Indian journal of veterinary science and animal husbandry - Volume 5,
Year: 1935
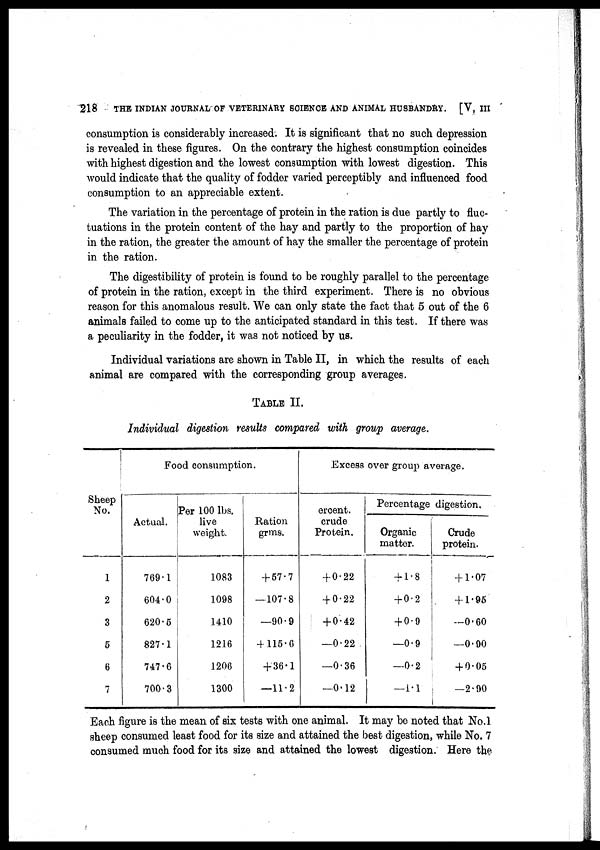
218
THE INDIAN JOURNAL OF VETERINARY SCIENCE AND ANIMAL HUSBANDRY. [V, III
consumption is considerably increased. It is significant that no such depression
is revealed in these figures. On the contrary the highest consumption coincides
with highest digestion and the lowest consumption with lowest digestion. This
would indicate that the quality of fodder varied perceptibly and influenced food
consumption to an appreciable extent.
The variation in the percentage of protein in the ration is due partly to fluc-
tuations in the protein content of the hay and partly to the proportion of hay
in the ration, the greater the amount of hay the smaller the percentage of protein
in the ration.
The digestibility of protein is found to be roughly parallel to the percentage
of protein in the ration, except in the third experiment. There is no obvious
reason for this anomalous result. We can only state the fact that 5 out of the 6
animals failed to come up to the anticipated standard in this test. If there was
a peculiarity in the fodder, it was not noticed by us.
Individual variations are shown in Table II, in which the results of each
animal are compared with the corresponding group averages.
TABAL II.
Individual digestion results compared with group average.
Sheep
No.
1
2
3
5
6
7
Food consumption.
Actual.
769.1
604.0
620.5
827.1
747.6
700.3
Per 100 lbs.
live
weight.
1083
1098
1410
1216
1206
1300
Ration
grms.
+ 57.7
— 107.8
—90.9
+ 115.6
+ 36.1
—11.2
Excess over group average.
ercent.
crude
Protein.
+ 0.22
+ 0.22
+ 0.42
— 0.22
—0.36
—0.12
Percentage digestion.
Organic
matter.
+ 1.8
+ 0.2
+ 0.9
—0.9
—0.2
—1.1
Crude
protein.
+ 1.07
+ 1.95
—0.60
—0.90
+ 0.05
—2.90
Each figure is the mean of six tests with one animal. It may be noted that No.17
sheep consumed least food for its size and attained the best digestion, while No. 7
consumed much food for its size and attained the lowest digestion. Here the